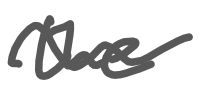
Text: the
Cross-out: wave
Writing tool: digital_gray